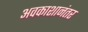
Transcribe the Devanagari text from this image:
अवकाशानंतर